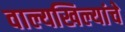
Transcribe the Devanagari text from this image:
वाल्यखिल्यांचे